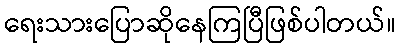
ရေးသားပြောဆိုနေကြပြီဖြစ်ပါတယ်။